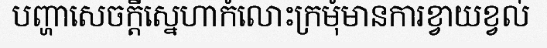
បញ្ហាសេចក្តីស្នេហាកំលោះក្រមុំមានការខ្វាយខ្វល់